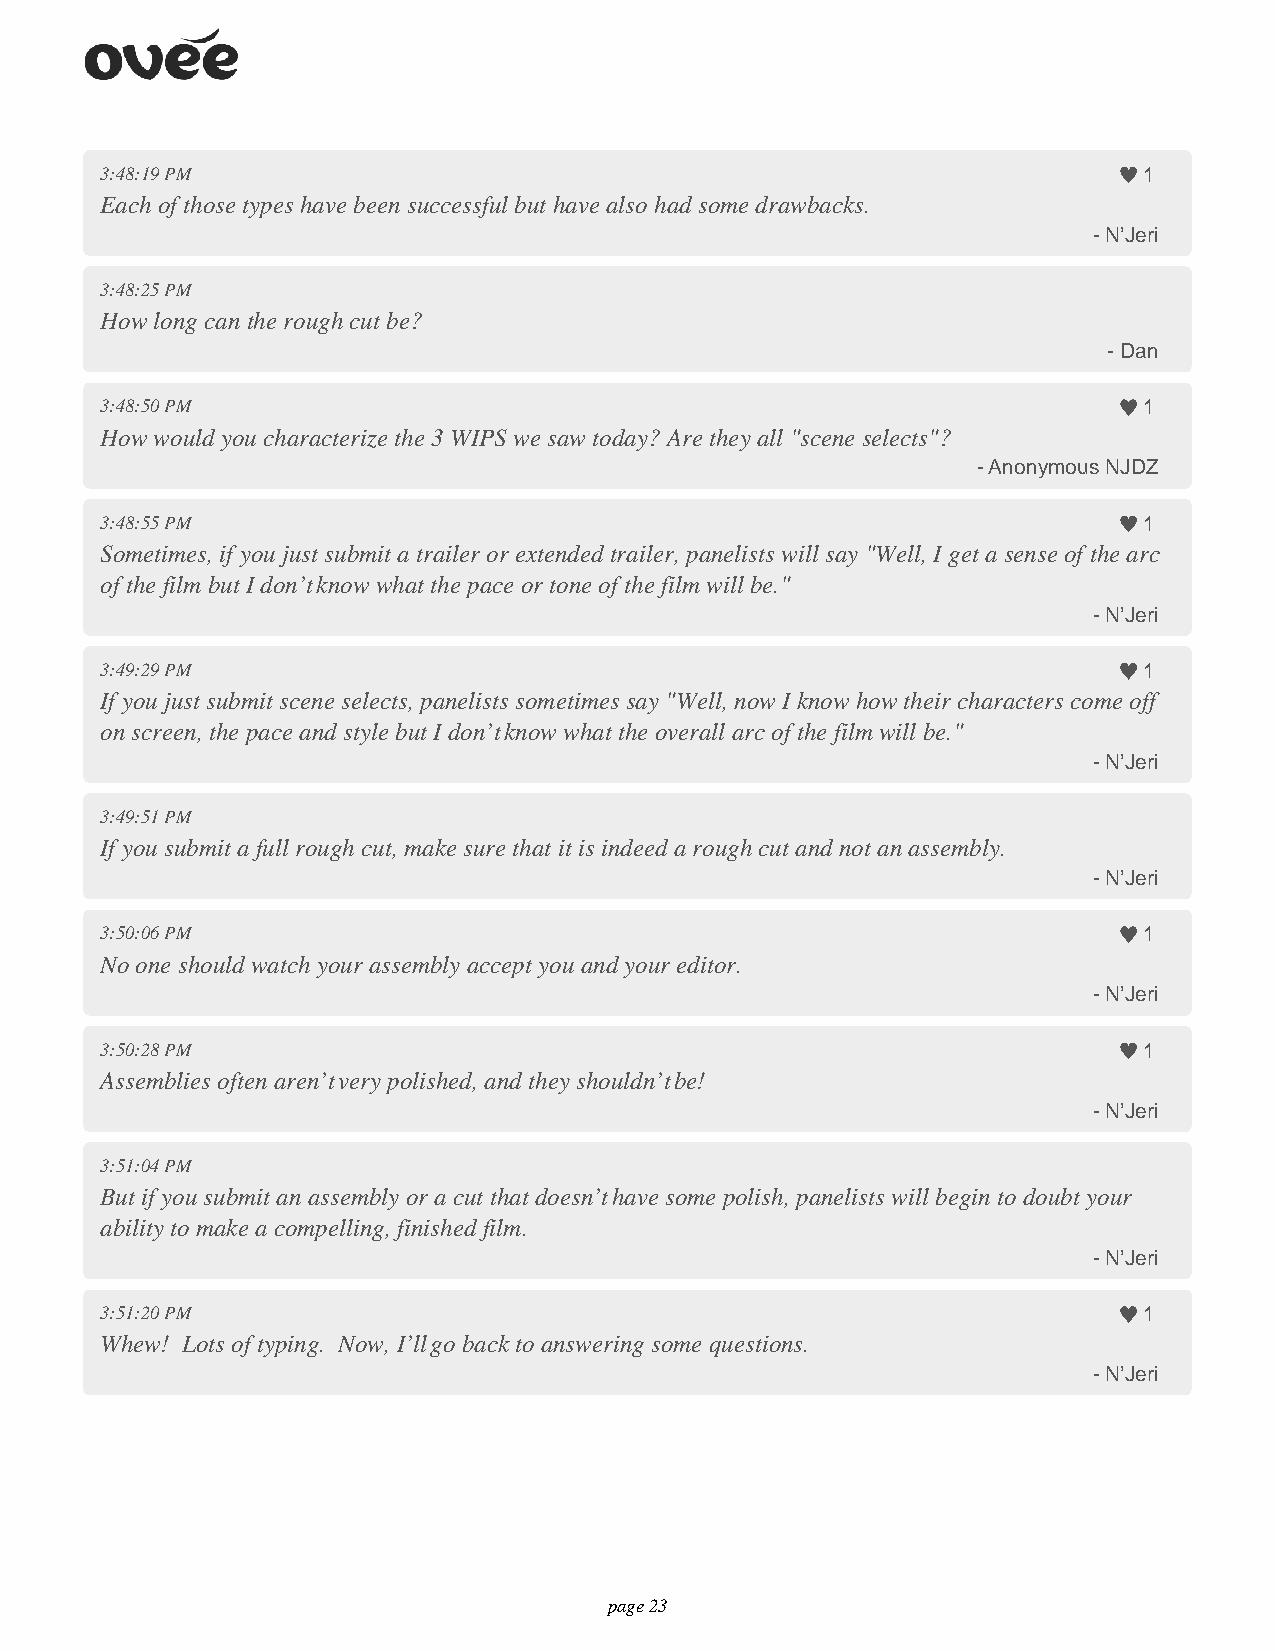
3:48:19 PM                                                           1
 Each of those types have been successful but have also had some drawbacks.
 - N’Jeri
 3:48:25 PM
 How long can the rough cut be?
 - Dan
 3:48:50 PM                                                           1
 How would you characterize the 3 WIPS we saw today? Are they all "scene selects"?
 - Anonymous NJDZ
 3:48:55 PM                                                           1
 Sometimes, if you just submit a trailer or extended trailer, panelists will say "Well, I get a sense of the arc
 of the film but I don’t know what the pace or tone of the film will be."
 - N’Jeri
 3:49:29 PM                                                           1
 If you just submit scene selects, panelists sometimes say "Well, now I know how their characters come off
 on screen, the pace and style but I don’t know what the overall arc of the film will be."
 - N’Jeri
 3:49:51 PM
 If you submit a full rough cut, make sure that it is indeed a rough cut and not an assembly.
 - N’Jeri
 3:50:06 PM                                                           1
 No one should watch your assembly accept you and your editor.
 - N’Jeri
 3:50:28 PM                                                           1
 Assemblies often aren’t very polished, and they shouldn’t be!
 - N’Jeri
 3:51:04 PM
 But if you submit an assembly or a cut that doesn’t have some polish, panelists will begin to doubt your
 ability to make a compelling, finished film.
 - N’Jeri
 3:51:20 PM                                                           1
 Whew! Lots of typing. Now, I’ll go back to answering some questions.
 - N’Jeri
 page 23